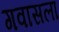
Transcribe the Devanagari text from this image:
गवासला